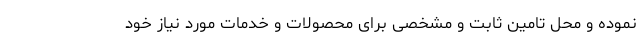
نموده و محل تامین ثابت و مشخصی برای محصولات و خدمات مورد نیاز خود